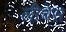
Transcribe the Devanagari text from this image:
लीचेस